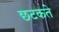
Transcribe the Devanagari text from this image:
छटकते